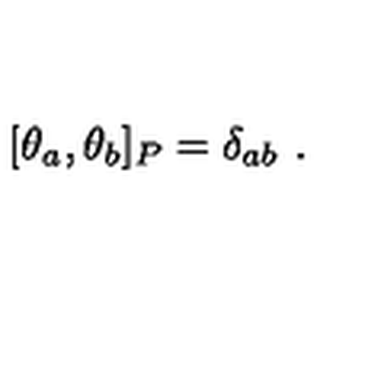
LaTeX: [ \theta _ { a } , \theta _ { b } ] _ { P } = \delta _ { a b } \ .